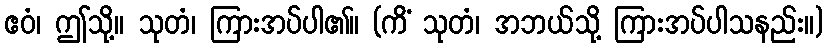
ဧဝံ၊ ဤသို့။ သုတံ၊ ကြားအပ်ပါ၏။ (ကိံ သုတံ၊ အဘယ်သို့ ကြားအပ်ပါသနည်း။)